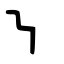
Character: ㇎